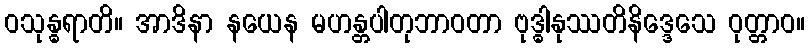
ဝသုန္ဓရာတိ။ အာဒိနာ နယေန မဟန္တပါတုဘာဝတာ ဗုဒ္ဓါနုဿတိနိဒ္ဒေသေ ဝုတ္တာဝ။